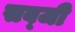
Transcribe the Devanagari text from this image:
सब्‍जी